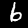
Digit: 6